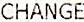
CHANGE